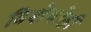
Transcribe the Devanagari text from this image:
विशेषोही